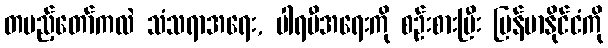
တပည့်တော်ကလဲ သံသရာအရေး, ပါရမီအရေးကို စဉ်းစားပြီး မြန်မာနိုင်ငံကို